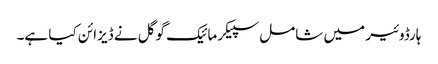
ہارڈوئیر میں شامل سپیکر مائیک گوگل نے ڈیزائن کیا ہے۔